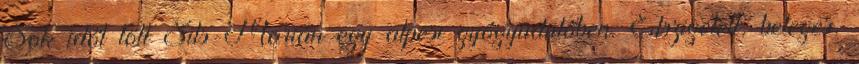
Sok időt tölt Sils-Marián egy alpesi gyógyüdülőben. Elszigetelt, beteges,